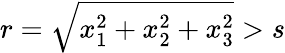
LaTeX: r=\sqrt{x_{1}^{2}+x_{2}^{2}+x_{3}^{2}}>s